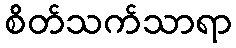
စိတ်သက်သာရာ